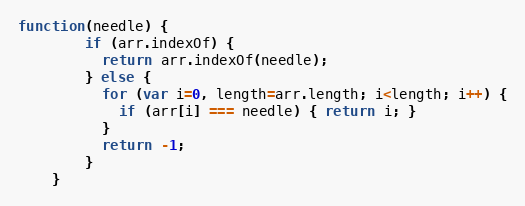
Language: JavaScript
function(needle) {
        if (arr.indexOf) {
          return arr.indexOf(needle);
        } else {
          for (var i=0, length=arr.length; i<length; i++) {
            if (arr[i] === needle) { return i; }
          }
          return -1;
        }
    }